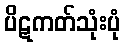
ပိဋကတ်သုံးပုံ